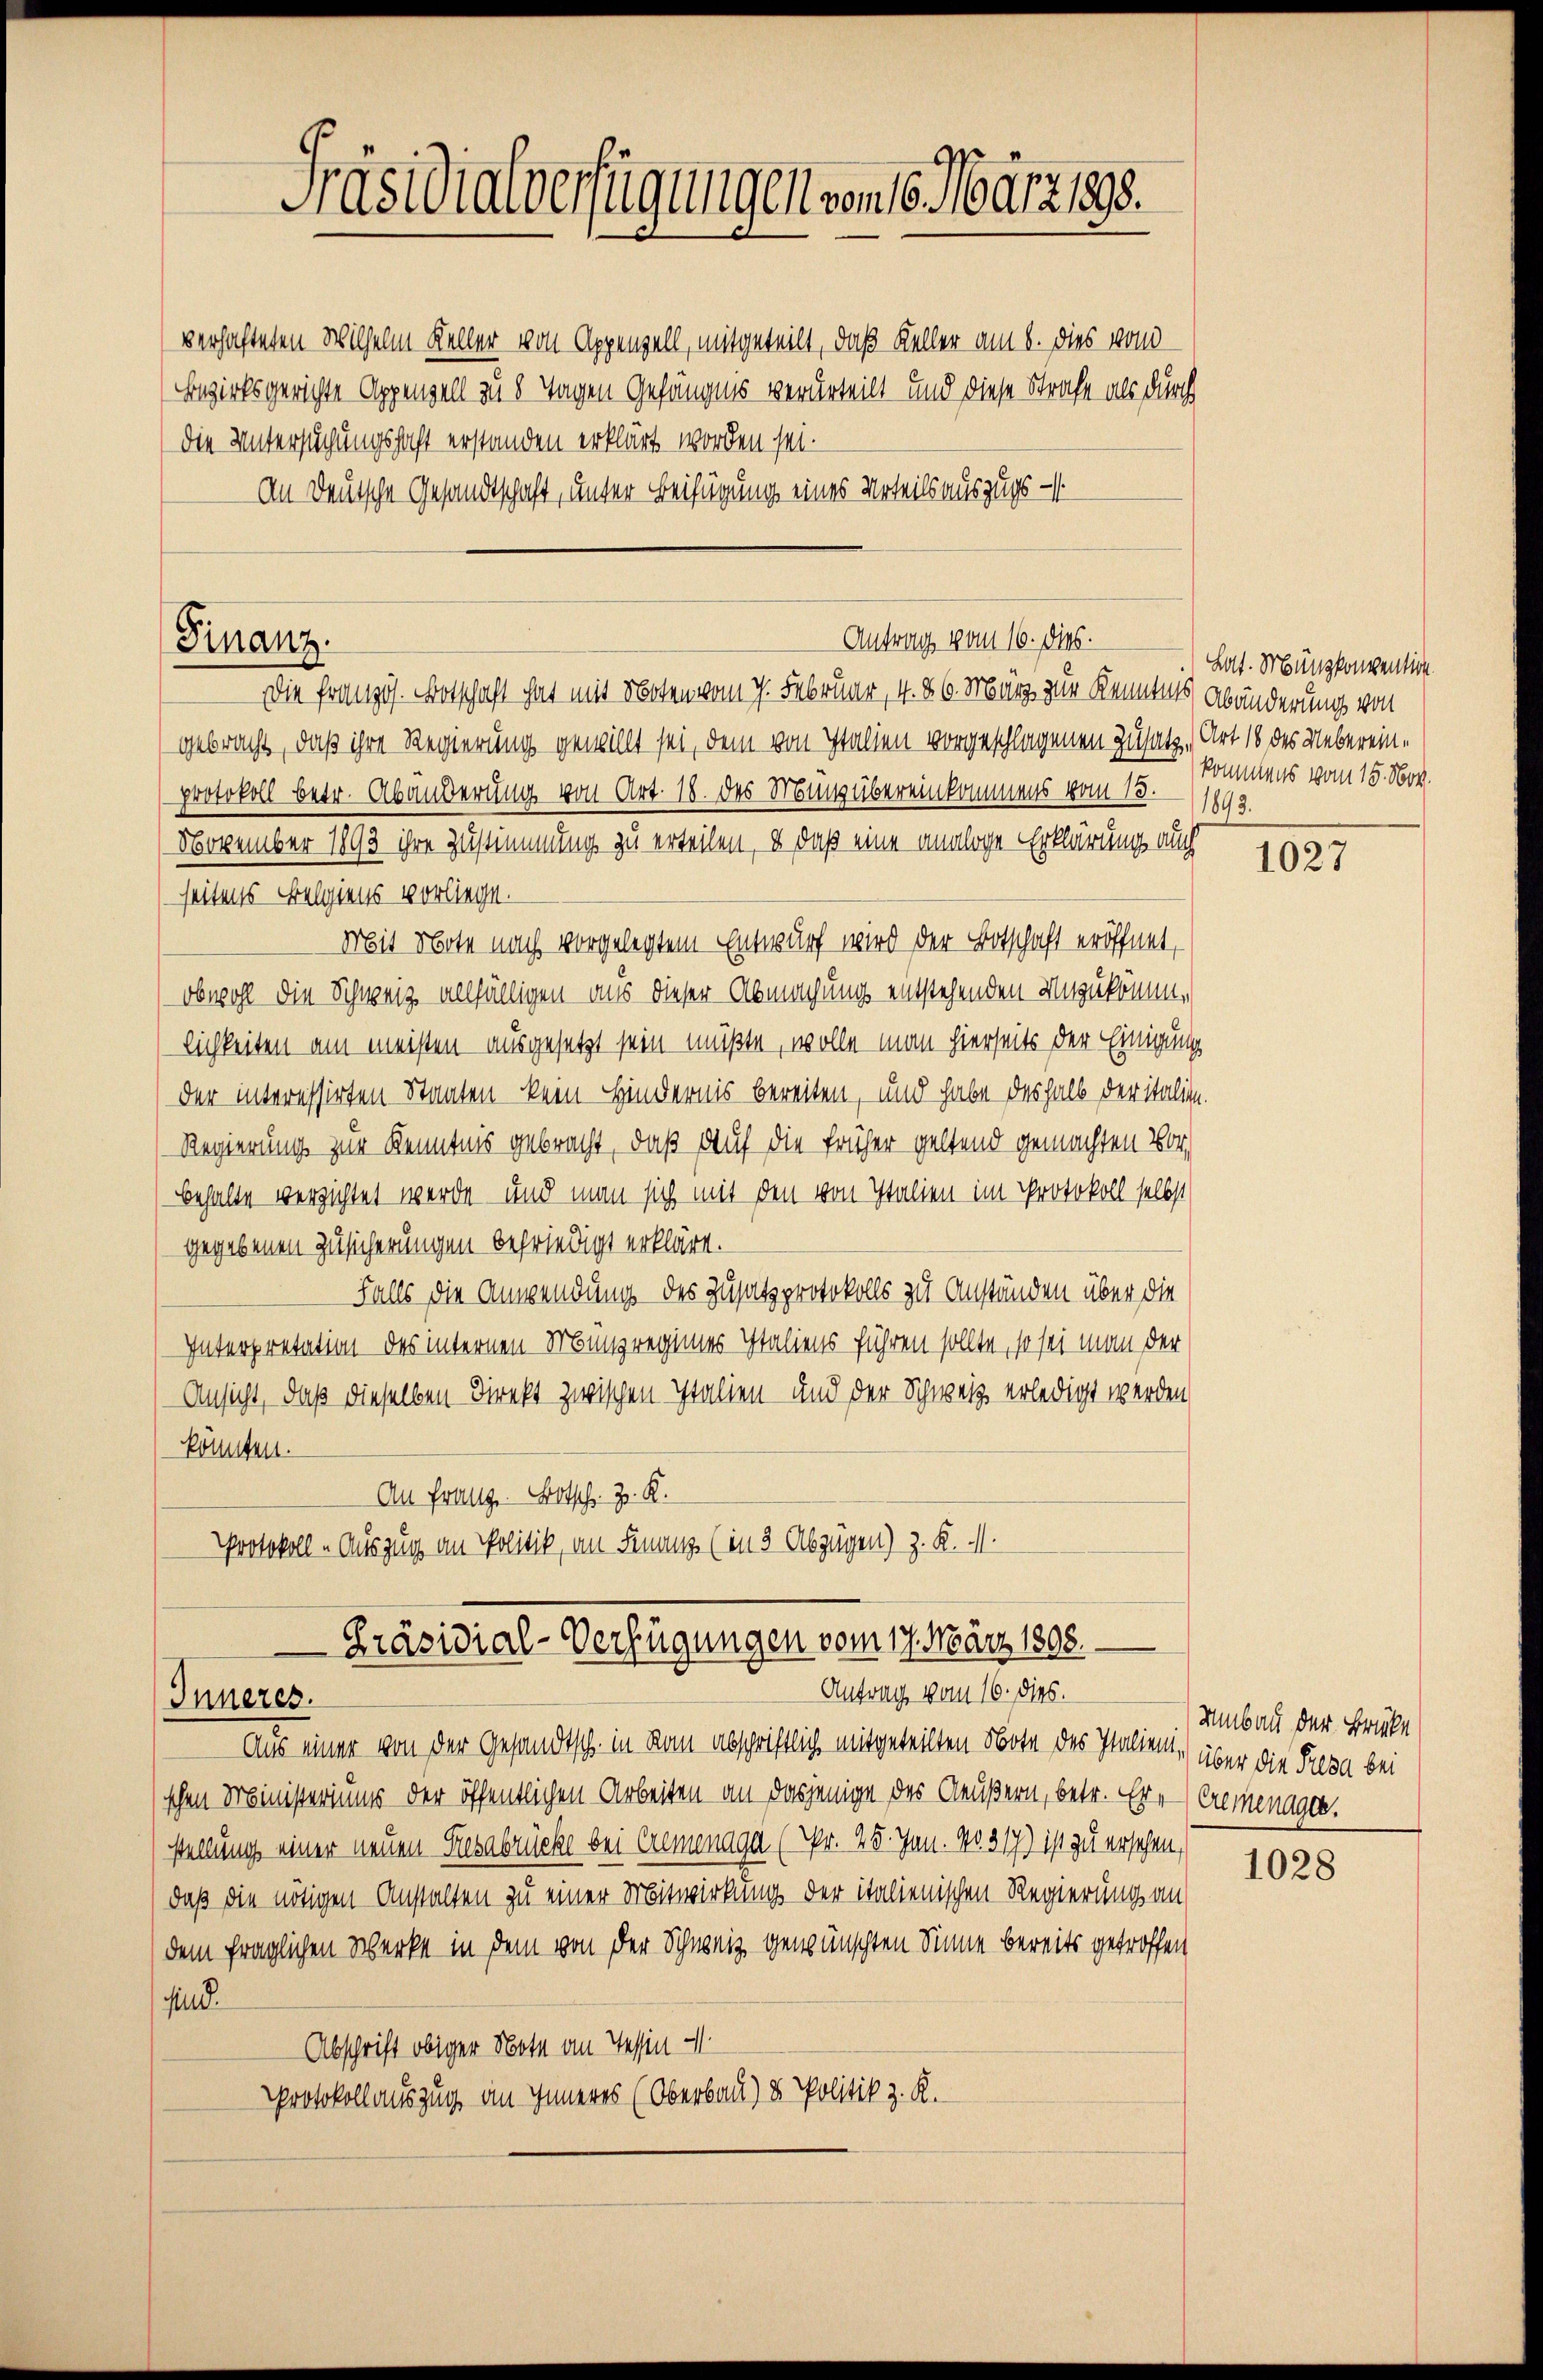
verhafteten Wilhelm Keller von Appenzell, mitgeteilt, daß Keller am 8. dies vom
Bezirksgerichte Appenzell zu 8 Tagen Gefängens verurteilt und diese Strafe als durch
die Untersuchungshaft erstanden erklärt worden sei.
An Deutsche Gesandtschaft, unter Beifügung eines Urteilsauszugs-

Finanz

Präsidialverfügungen vom 16. März 189.

Die Französ. Botschaft hat mit Noten vom 7. Februar, 4. 86. März zur Kenntnis Abänderungs von
gebracht, daß ihre Regierung gewillt sei, dem von Italien vorgeschlagenen Zusatz. Art 18 des Uebereinprotokoll betr. Abänderung von Art. 18. des Minübereinkommens vom 13.
November 1893 ihre Zustimmung zu erteilen, u. daß eine analoge Erklärung auch
seitens Belgiens vorliege.
Mit Note nach vorgelegtem Entwurf wird der Botschaft eröffnet,
obwohl die Schweiz allfälligen aus dieser Abmachung entstehenden Unzukömm,
lichkeiten am meisten ausgesetzt sein müßte, wolle man hierseits der Einigung
der interessirten Staaten kein Hindernis bereiten, und habe deshalb der italien.
Regierung zur Kenntnis gebracht, daß auf die früher geltend gemachten Vorbehalte verzichtet werde, und man sich mit den von Italien im Protokoll selbst
gegebenen Zusicherungen befriedigt erklärt.
Falls die Anwendung des Zusatzprotokolls zu Anständen über die
Interpretation des internen Mungregimes Italiens führen sollte, so sei man der
Ansicht, daß dieselben Direkt zwischen Italien- und der Schweiz erledigt werden
könnten.
An Franz Botsch. Z. K.
Protokoll - Auszug an Politik, an Finanz (in 3 Abzügen) z. K. M.

Antrag vom 16. dies.

Präsidial-Verfügungen vom 17. März 1898.
Antrag vom 16. dies.
Inneres.

Lat. Münzkonvention
kommens vom 15. Nov.
1893.

Aus einer von der Gesandtsch. in kan abschriftlich mitgeteilten Note des Italien, über die Fresa bei
schen Ministeriums der öffentlichen Arbeiten an dasjenige des Aeußern, betr. Er-Cremenage.
stellung einer neuen Gesabrücke bei Cremenage (Nr. 25. Jan. No 317) ist zu ersehen,
daß die nötigen Anstalten zu einer Mitwirkung der italienischen Regierung an
dem fraglichen Werke in dem von der Schweiz gewünschten Sinne bereits getroffen
sind.
Abschrift obiger Note an Tessin
protokoll auszug an Inneres (Oberbau) & Politik z. R.

1027

Umbau der Brücke

1028